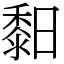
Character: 䵒